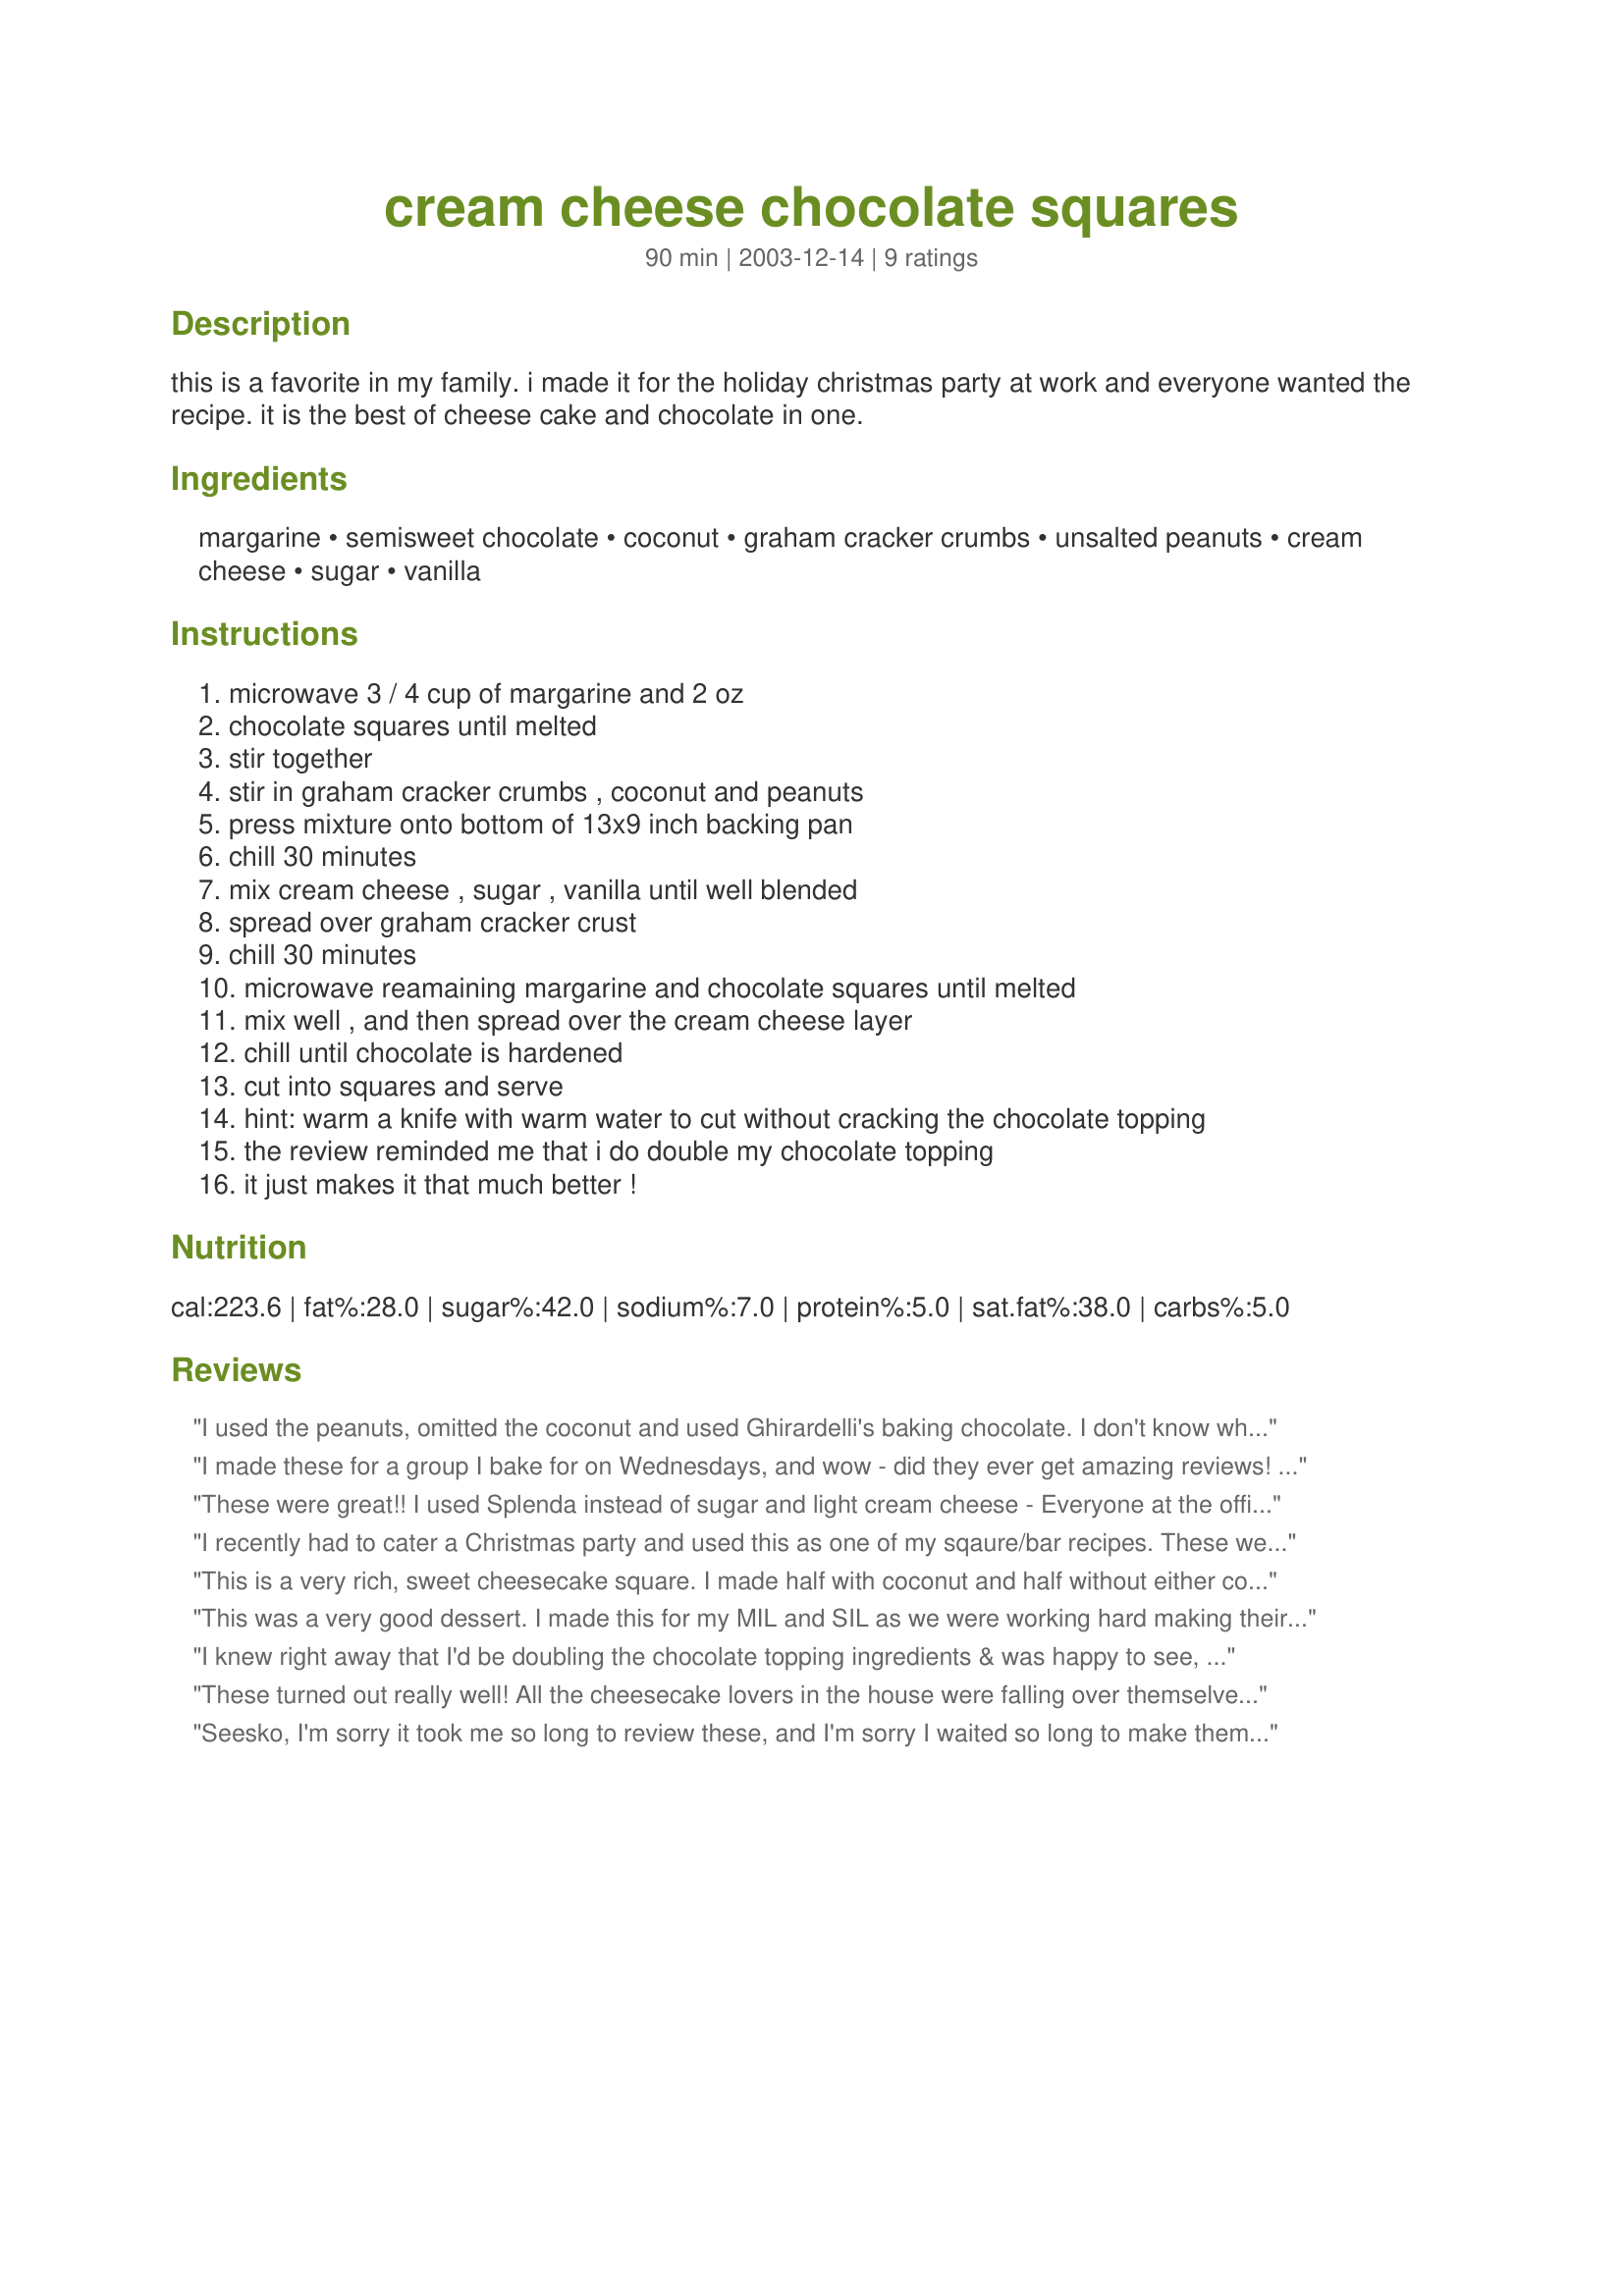
cream cheese chocolate squares
Preparation time: 90 minutes

this is a favorite in my family. i made it for the holiday christmas party at work and everyone wanted the recipe. it is the best of cheese cake and chocolate in one.

Ingredients:
margarine, semisweet chocolate, coconut, graham cracker crumbs, unsalted peanuts, cream cheese, sugar, vanilla

Steps:
microwave 3 / 4 cup of margarine and 2 oz, chocolate squares until melted, stir together, stir in graham cracker crumbs , coconut and peanuts, press mixture onto bottom of 13x9 inch backing pan, chill 30 minutes, mix cream cheese , sugar , vanilla until well blended, spread over graham cracker crust, chill 30 minutes, microwave reamaining margarine and chocolate squares until melted, mix well , and then spread over the cream cheese layer, chill until chocolate is hardened, cut into squares and serve, hint: warm a knife with warm water to cut without cracking the chocolate topping, the review reminded me that i do double my chocolate topping, it just makes it that much better !

Reviews:
I used the peanuts, omitted the coconut and used Ghirardelli's baking chocolate. I don't know what I did to the crust, seesko, but it was like concrete, LOL, totally inedible. The filling was delicious and scoring the chocolate before it was quite hard made it easier to cut through-at least to the filling.

I'll be making this again because I know it's not the recipe but my mistake that the bottom layer turned out the way it did. Made for the Beverage Tag
I made these for a group I bake for on Wednesdays, and wow - did they ever get amazing reviews! Even better, these are so simple to make - no baking, only a few simle steps! I made the full version with the peanuts and coconut (I used sweetened coconut), and I did double the chocolate topping - I would recommend that to anyone making this recipe. The other thing you really really really need to do is score the chocolate with cutting lines while the chocolate is warm and starting to set - otherwise it's hard to cut through, with the soft creamy layer underneath (obviously, I didn't follow previous reviewer's tips to do this!) Also, make sure these are cold when you cut them - I'd set mine out for an hour before cutting them, and the creamy layer softened up surprizingly fast! These squares are so awesome, I will most definately make them again - thank you seesko, for the simple and showstopping recipe! Made for Zaar Stars Tag.
These were great!! I used Splenda instead of sugar and light cream cheese - Everyone at the office wants the recipe! I did find though that there wasn't quite enough chocolate on top to cover the entire pan. Other than that, this recipe rocks!
I recently had to cater a Christmas party and used this as one of my sqaure/bar recipes. These were one of the first things to go, and I actually saved a bunch for myself, because they were the tastiest of all our desserts. The only problem I ran into was that the graham crumbs, coconut and peanut section didn't hold together as nicely as I would have liked. Added a little bit of butter and baked that layer briefly in an oven (as you would with a graham cracker pie crust), it seemed to help a little, but still, a lot stuck to the pan. Next time, I will bake a little longer, or line the pan with foil first. Still, this recipe is a keeper and I will definitely make it again. Very easy and very delicious results!
This is a very rich, sweet cheesecake square. I made half with coconut and half without either coconut or peanuts as DH doesn't like them. I also subbed butter for the margarine. Delicious! Made for Zaar Stars Tag.
This was a very good dessert. I made this for my MIL and SIL as we were working hard making their Christmas trays. Really delicious bars and between the three of us, we only had a small bit left over for my FIL. I used the coconut, but not the peanuts. I never use margarine, so subbed it with butter. I would make again, but would make more chocolate for the top. Made for Bevy Tag - Thanks :)
I knew right away that I'd be doubling the chocolate topping ingredients & was happy to see, then, that someone else had already done that ~ I see these squares as GREAT CHOCOHOLATE FIXES, & I'll definitely be making them again! And, as much as I like peanuts, I did opt out of them this time! [Tagged, made & reviewed in Zaar Stars tag]
These turned out really well! All the cheesecake lovers in the house were falling over themselves to get a piece! This was my "special" dessert for my family Thanksgiving. It was perfect with the after dinner coffee/tea. I did double the topping and used all the optional ingredient. But I did use light cream cheese to cut at least a couple of calories! :D Thank you for sharing!
Seesko, I'm sorry it took me so long to review these, and I'm sorry I waited so long to make them! They are awesome! The only thing I changed was to use 1 stick each of butter and margarine (similar to another recipe I have.) I did not use the coconut or the peanuts. I soaked my knife in warm water, as if cutting a cheesecake, and that worked well. Thanks for sharing; made for PRMR.
